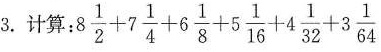
3.计算：$$ 8 \frac{1}{2} + 7 \frac{1}{4} + 6 \frac{1}{8} + 5 \frac{1}{16} + 4 \frac{1}{32} + 3 \frac{1}{64} $$